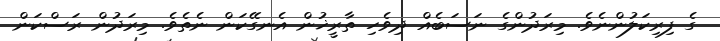
ގެ ފިރިކަލުންނެވެ. މިރަދުންގެ ނަސަބެއް ދިވެހި ތާރީޚުން އެނގޭކަން ނެތެވެ. މިރަދުން ރަސްކަން